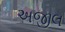
અજીલ